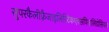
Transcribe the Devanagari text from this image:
सुपरकैलीफ़्रैजाइलिस्टिकएक्सपियालिडोसियस